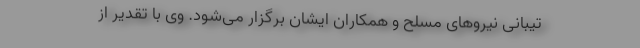
تیبانی نیروهای مسلح و همکاران ایشان برگزار می‌شود. وی با تقدیر از